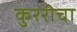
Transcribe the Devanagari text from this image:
कुररीचा